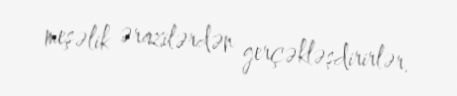
meşəlik ərazilərdən gerçəkləşdirirlər.